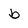
Character: b